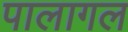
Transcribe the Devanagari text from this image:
पालागल